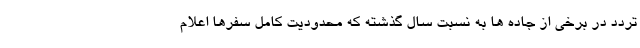
تردد در برخی از جاده ها به نسبت سال گذشته که محدودیت کامل سفرها اعلام